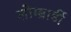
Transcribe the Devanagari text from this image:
लोम्ब्रार्डी